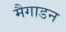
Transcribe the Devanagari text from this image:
मैगाडन